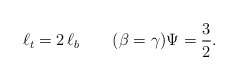
\begin{align*}\ell_t=2\,\ell_b \qquad(\beta=\gamma) \Psi=\frac{3}{2}.\end{align*}